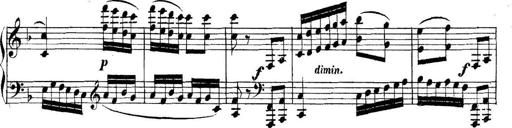
Title: Collected Piano Sonatas
Composer: Muzio Clementi